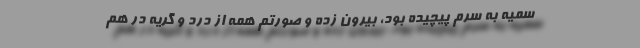
سمیه به سرم پیچیده بود، بیرون زده و صورتم همه از درد و گریه در هم